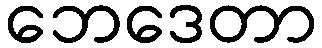
ဘေဒေတာ